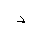
Letter: _dal